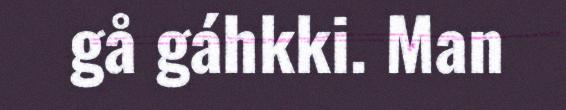
gå gáhkki. Man